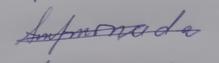
Signature authenticity: genuine